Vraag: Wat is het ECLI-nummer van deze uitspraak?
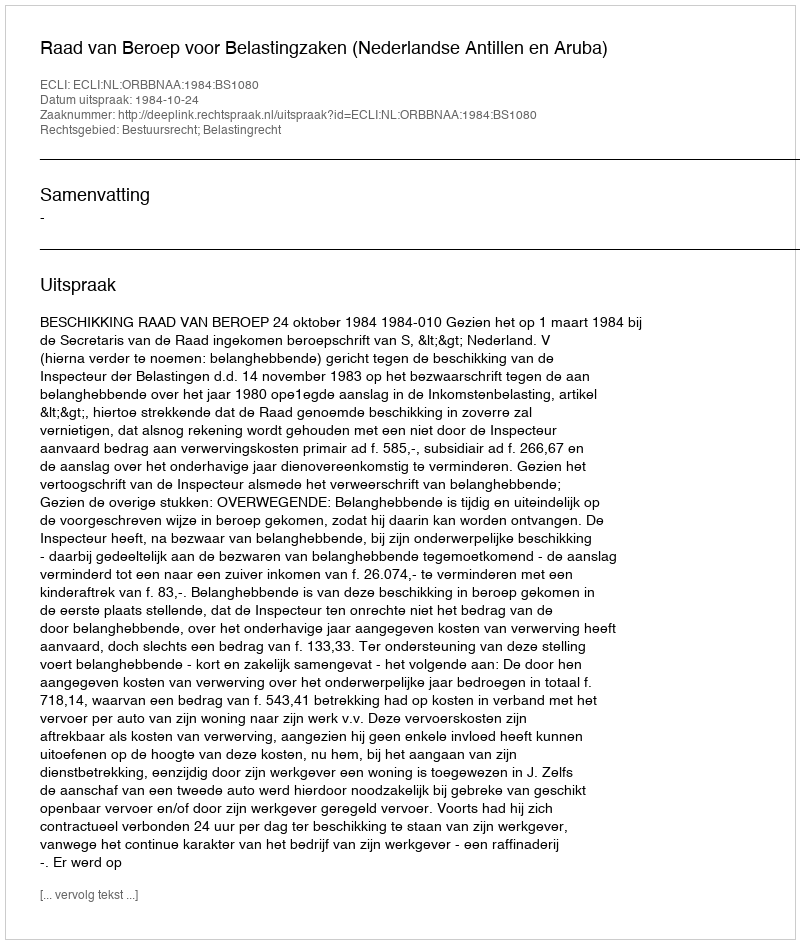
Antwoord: ECLI:NL:ORBBNAA:1984:BS1080